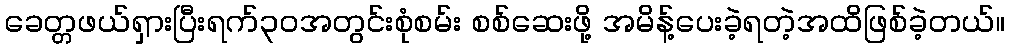
ခေတ္တဖယ်ရှားပြီးရက်၃၀အတွင်းစုံစမ်း စစ်ဆေးဖို့ အမိန့်ပေးခဲ့ရတဲ့အထိဖြစ်ခဲ့တယ်။